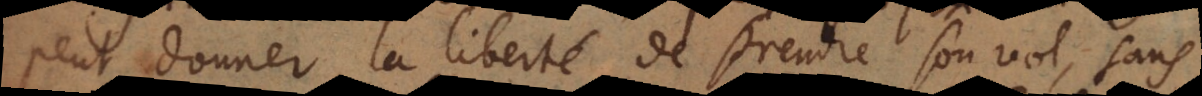
peut donner la liberté de prendre son vol, sans